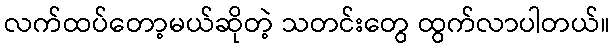
လက်ထပ်တော့မယ်ဆိုတဲ့ သတင်းတွေ ထွက်လာပါတယ်။